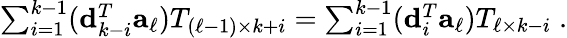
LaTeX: \begin{array}{r}{\sum_{i=1}^{k-1}({\mathbf d}_{k-i}^{T}{\mathbf a}_{\ell})T_{({\ell-1})\times k+i}=\sum_{i=1}^{k-1}({\mathbf d}_{i}^{T}{\mathbf a}_{\ell})T_{\ell\times k-i}\; .}\end{array}